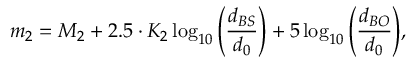
m _ { 2 } = M _ { 2 } + 2 . 5 \cdot K _ { 2 } \log _ { 1 0 } { \left( { \frac { d _ { B S } } { d _ { 0 } } } \right) } + 5 \log _ { 1 0 } { \left( { \frac { d _ { B O } } { d _ { 0 } } } \right) } ,